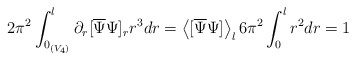
\begin{align*}2\pi^2\int_{0_{(V_4)}}^l \partial_r [\overline{\Psi}\Psi]_r r^3dr = \left<[\overline{\Psi}\Psi ]\right>_l 6\pi^2\int_{0}^l r^2dr=1\end{align*}